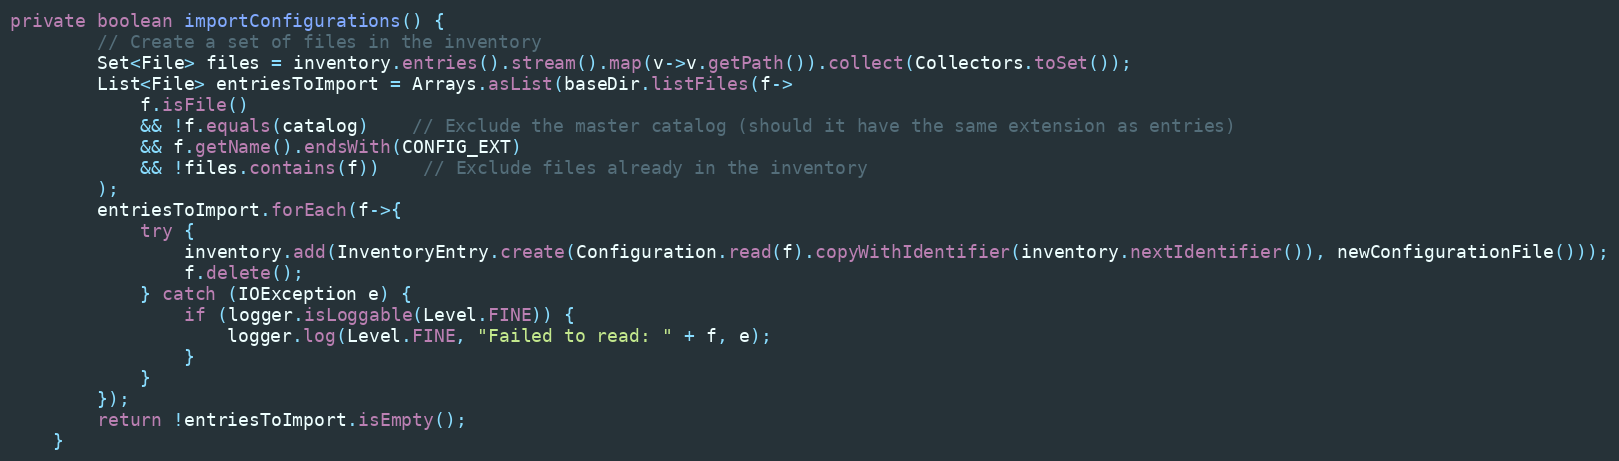
Language: Java
private boolean importConfigurations() {
		// Create a set of files in the inventory
		Set<File> files = inventory.entries().stream().map(v->v.getPath()).collect(Collectors.toSet());
		List<File> entriesToImport = Arrays.asList(baseDir.listFiles(f->
			f.isFile()
			&& !f.equals(catalog)	// Exclude the master catalog (should it have the same extension as entries)
			&& f.getName().endsWith(CONFIG_EXT)
			&& !files.contains(f))	// Exclude files already in the inventory
		);
		entriesToImport.forEach(f->{
			try {
				inventory.add(InventoryEntry.create(Configuration.read(f).copyWithIdentifier(inventory.nextIdentifier()), newConfigurationFile()));
				f.delete();
			} catch (IOException e) {
				if (logger.isLoggable(Level.FINE)) {
					logger.log(Level.FINE, "Failed to read: " + f, e);
				}
			}
		});
		return !entriesToImport.isEmpty();
	}